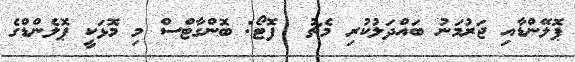
ޕޮލޭންޑާއި ޖަރުމަނު ބައްދަލުކުރި މެޗު  ފޮޓޯ: ބޮންގާޓްސް މި މޮޅަކީ ޕޮލެންޑްގެ